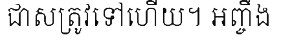
ជាសត្រូវទៅហើយ។ អញ្ចឹង